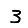
Digit: 3